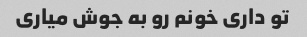
تو داری خونم رو به جوش میاری